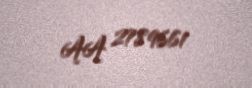
AA 2789661